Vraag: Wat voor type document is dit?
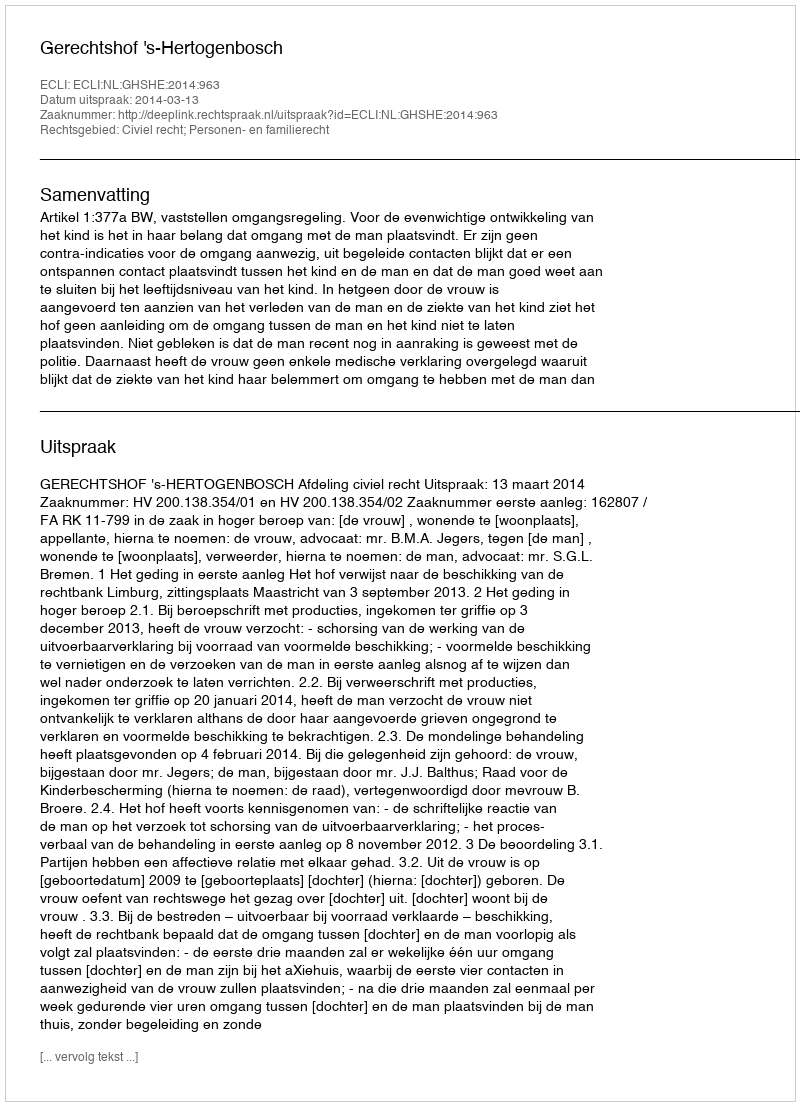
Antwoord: Uitspraak